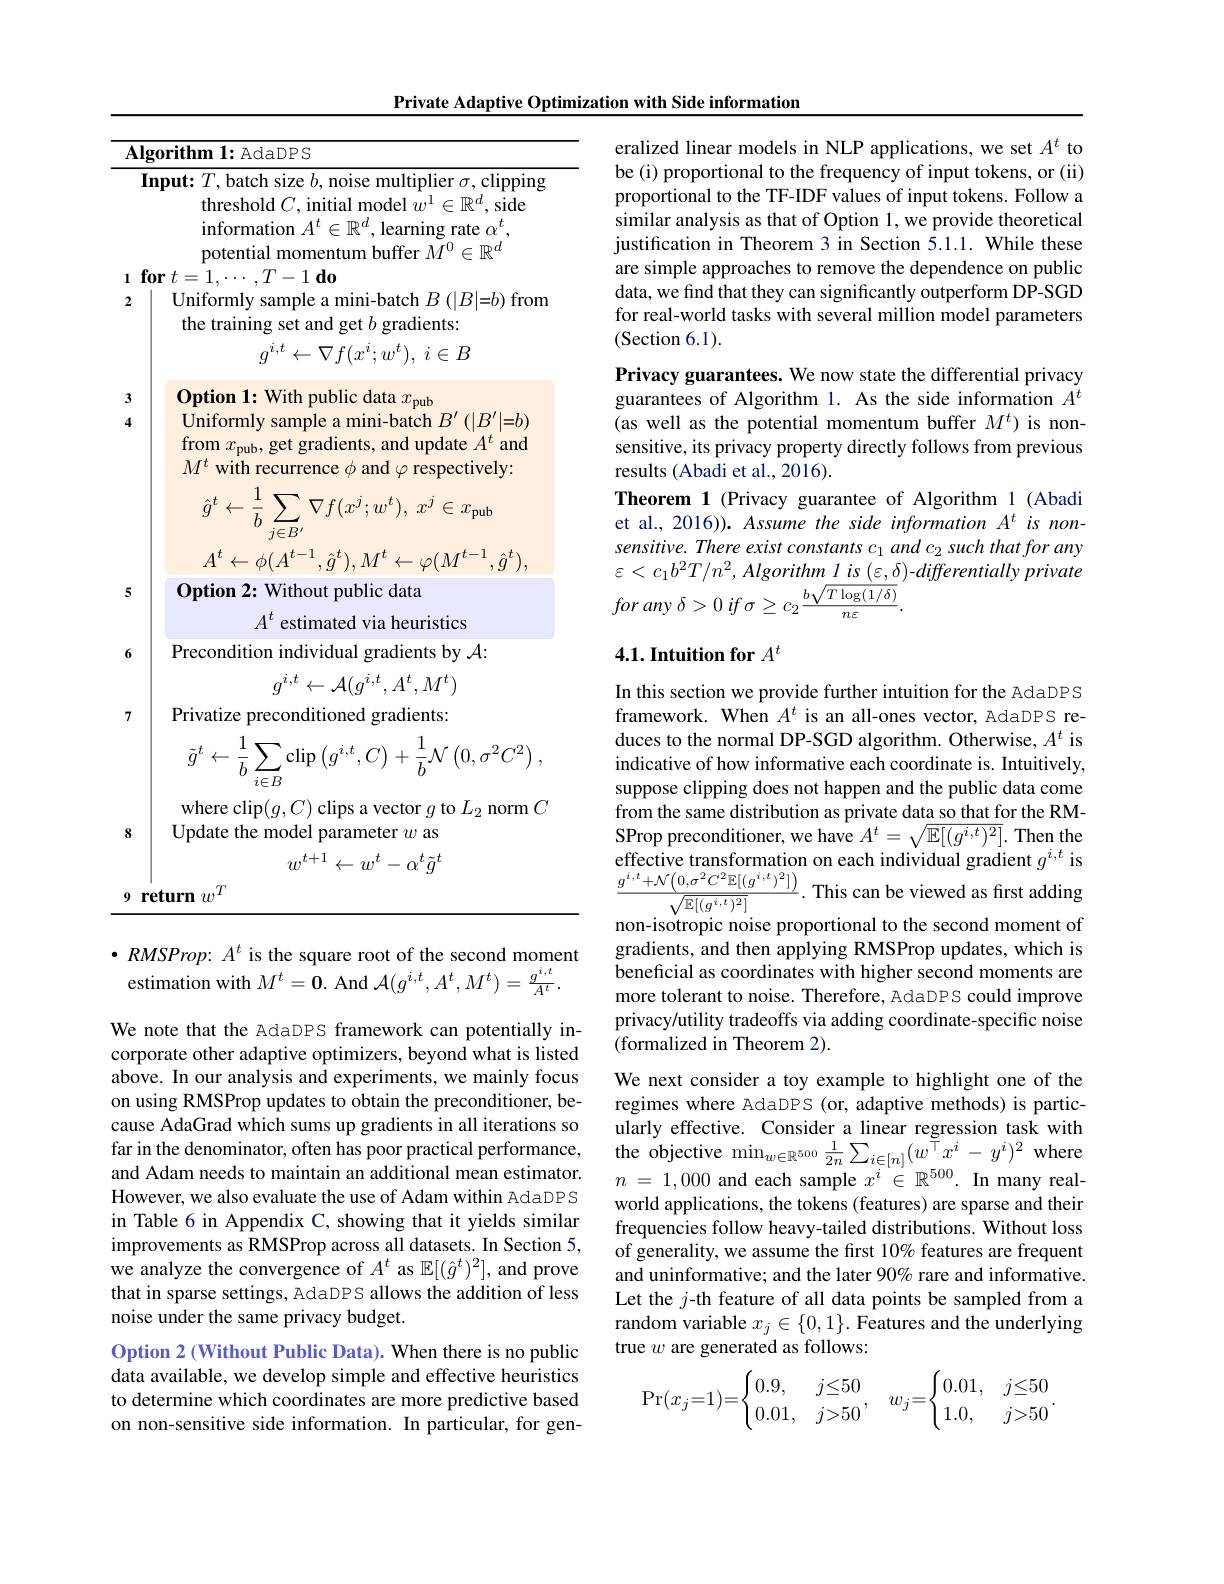
Private Adaptive Optimization with Side information

<table>
	<tbody>
		<tr>
			<td>$\overline{\mathbf{I}}$ 1 </td>
			<td>$\mathbf{rithm1:AdaDPS}$</td>
		</tr>
		<tr>
			<td> </td>
			<td>$\mathbf{ut:}T$,batch size $b$,noise multiplier $\sigma$,clipping threshold $C$, initial model $w^1\in\mathbb{R}^d$, side information $A^t\in\mathbb{R}^d$, learning rate $\alpha^t$, potential momentum buffer $M^0\in\mathbb{R}^d$</td>
		</tr>
	</tbody>
</table>

3

4

5
$$\hat{g}^{t}\leftarrow\frac{1}{b}\sum_{j\in B^{\prime}}\nabla f(x^{j};w^{t}),\:x^{j}\in x_{\mathrm{pub}}$$
$$g^{i,t}\leftarrow\mathcal{A}(g^{i,t},A^t,M^t)$$
$$\tilde{g}^{t}\leftarrow\frac{1}{b}\sum\limits_{i\in B}\mathrm{clip}\left(g^{i,t},C\right)+\frac{1}{b}\mathcal{N}\left(0,\sigma^{2}C^{2}\right),$$
$$w^{t+1}\leftarrow w^t-\alpha^t\tilde{g}^t$$
$\bullet RMSProp{:}A^{t}$ is the square root of the second moment estimation with $M^t=\mathbf{0}.$ And $\mathcal{A}(g^i,t,A^t,M^t)=\frac{g^{i,t}}{A^t}.$

We note that the AdaDPS framework can potentially incorporate other adaptive optimizers, beyond what is listed above. In our analysis and experiments, we mainly focus on using RMSProp updates to obtain the preconditioner, because AdaGrad which sums up gradients in all iterations so far in the denominator, often has poor practical performance, and Adam needs to maintain an additional mean estimator. However, we also evaluate the use of Adam within AdaDPS in Table 6 in Appendix C, showing that it yields similar improvements as RMSProp across all datasets. In Section 5, we analyze the convergence of $A^t$ as $\mathbb{E}[(\hat{g}^t)^2]$, and prove that in sparse settings, AdaDPS allows the addition of less noise under the same privacy budget.
Option 2 (Without Public Data). When there is no public data available, we develop simple and effective heuristics to determine which coordinates are more predictive based on non-sensitive side information. In particular, for gen-

eralized linear models in NLP applications, we set $A^t$ to be (i) proportional to the frequency of input tokens, or (ii) proportional to the TF-IDF values of input tokens. Follow a similar analysis as that of Option 1, we provide theoretical justification in Theorem 3 in Section 5.1.1. While these are simple approaches to remove the dependence on public data, we find that they can significantly outperform DP-SGD for real-world tasks with several million model parameters (Section 6.1).

Privacy guarantees. We now state the differential privacy guarantees of Algorithm 1. As the side information $\hat{A^t}$ (as well as the potential momentum buffer $M^t)$ is nonsensitive, its privacy property directly follows from previous results (Abadi et al., 2016).
Theorem 1 (Privacy guarantee of Algorithm 1 (Abadi et al., 2016)). Assume the side information $A^t$ is nonsensitive. There exist constants $c_1\textit{and c}_2\textit{such that for any}$ $\varepsilon<c_1b^2T/n^2,Algorithm\underline{l\:is\:(\varepsilon,\delta)}$-differentially private for any $\delta > 0$ $if$ $\sigma \geq c_{2}\frac {b\sqrt {T\log ( 1/ \delta ) }}{n\varepsilon }.$

# 4.1. Intuition for $A^t$

In this section we provide further intuition for the AdaDPS framework. When $A^t$ is an all-ones vector, AdaDPS reduces to the normal DP-SGD algorithm. Otherwise, $A^t$ is indicative of how informative each coordinate is. Intuitively, suppose clipping does not happen and the public data come from the same distribution as private data so that for the RM- $\operatorname{SProp}$ preconditioner, we have $A^t=\sqrt{\mathbb{E}[(g^{i,t})^2]}.$ Then the $\begin{array}{l}\text{effective transformation on each individual gradient }g^{i,t}\mathrm{~is}\\\frac{g^{i,t}+\mathcal{N}\Big(0,\sigma^{2}C^{2}\mathbb{E}[(g^{i,t})^{2}]\Big)}{\sqrt{\mathbb{E}[(g^{i,t})^{2}]}}.&\text{This can be viewed as first adding}\\\end{array}$ non-isotropic noise proportional to the second moment of gradients, and then applying RMSProp updates, which is beneficial as coordinates with higher second moments are more tolerant to noise. Therefore, AdaDPS could improve privacy/utility tradeoffs via adding coordinate-specific noise (formalized in Theorem 2).
We next consider a toy example to highlight one of the regimes where AdaDPS (or, adaptive methods) is particularly effective. Consider a linear regression task with the objective $\operatorname*{min}_w\in\mathbb{R}^{500}\frac1{2n}\sum_{i\in[n]}(w^{\tilde{\top}}x^{i}-y^{i})^{2}$ where $n$ = 1,000 and each sample $x^i\in\mathbb{R}^{500}.$ In many realworld applications, the tokens (features) are sparse and their frequencies follow heavy-tailed distributions. Without loss of generality, we assume the first 10% features are frequent and uninformative; and the later 90% rare and informative. Let the $j$-th feature of all data points be sampled from a random variable $x_j\in\{0,1\}.$ Features and the underlying true $w$ are generated as follows:
$$\Pr(x_j=1)=\begin{cases}0.9,&j\le50\\0.01,&j>50\end{cases},\quad w_j=\begin{cases}0.01,&j\le50\\1.0,&j>50\end{cases}.$$